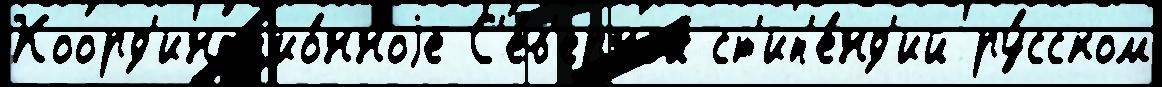
Коорд'инацио́нноjе С'е́в'ерной ст'ип'е́нд'ий ру́сском